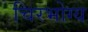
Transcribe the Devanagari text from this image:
चिरभोग्य